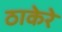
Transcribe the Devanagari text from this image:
ठाकेरे